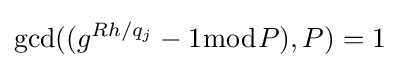
\gcd((g^{Rh/q_{j}}-1{\bmod {P}}),P)=1